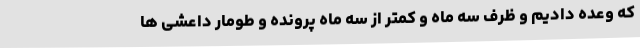
که وعده دادیم و ظرف سه ماه و کمتر از سه ماه پرونده و طومار داعشی ها